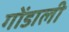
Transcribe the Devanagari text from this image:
गोंडाली